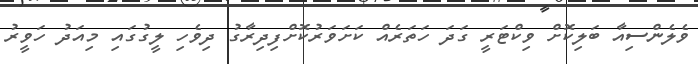
ވެލެންސިއާ ބަލިކޮށް ވިކްޓަރީ ގަދަ ހަތަރެއް ކަށަވަރުކޮށްފިދިރާގު ދިވެހި ލީގުގަައި މިއަދު ހަވީރު